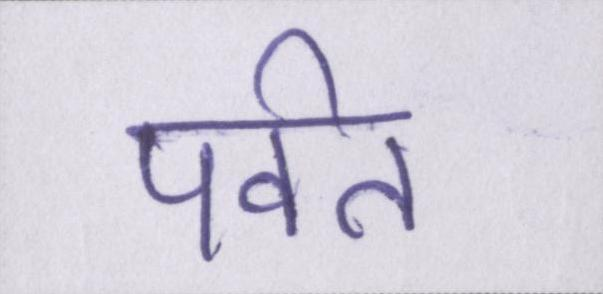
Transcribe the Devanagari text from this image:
पर्वत